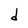
Character: d